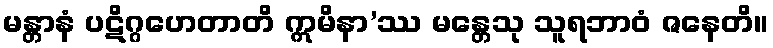
မန္တာနံ ပဋိဂ္ဂဟေတာတိ ဣမိနာ’ဿ မန္တေသု သူရဘာဝံ ဇနေတိ။